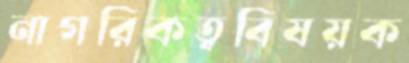
নাগরিকত্ববিষয়ক